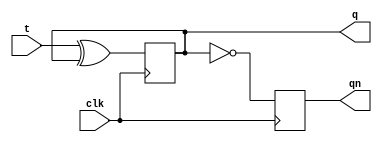
module t_flip_flop (
    input wire clk, // Clock signal
    input wire t,   // T input signal
    output reg q,   // Q output signal
    output reg qn   // Qn output signal
);

reg d; // D input signal

// Assign D signal based on T input
always @* begin
    d = t;
end

// D flip-flop for toggling output on rising edge
always @(posedge clk) begin
    q <= d ^ q;
    qn <= ~q;
end

endmodule